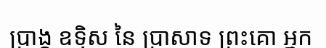
ប្រាង្គ ឧទ្ទិស នៃ ប្រាសាទ ព្រះគោ អ្នក